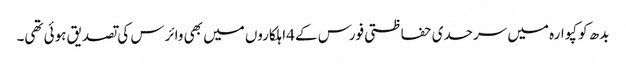
بدھ کو کپوارہ میں سرحدی حفاظتی فورس کے 4اہلکاروں میں بھی وائرس کی تصدیق ہوئی تھی۔